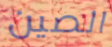
الصين